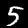
Label: 5